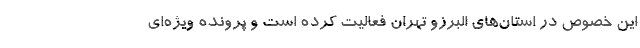
این خصوص در استان‌های البرزو تهران فعالیت کرده است و پرونده ویژه‌ای